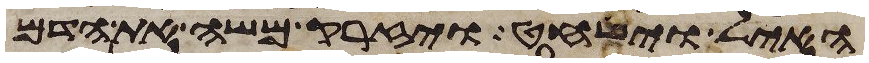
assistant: האיל וישחט ויזרק משה את הדם